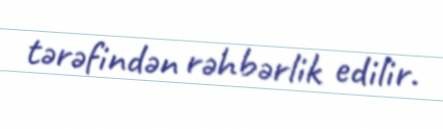
tərəfindən rəhbərlik edilir.